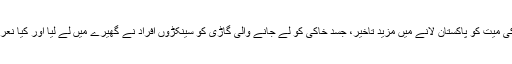
بیگم کلثوم نواز کی میت کو پاکستان لانے میں مزید تاخیر، جسد خاکی کو لے جانے والی گاڑی کو سینکڑوں افراد نے گھیرے میں لے لیا اور کیا نعرے لگاتے رہے؟